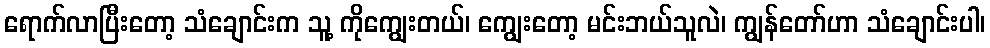
ရောက်လာပြီးတော့ သံချောင်းက သူ့ ကိုကျွေးတယ်၊ ကျွေးတော့ မင်းဘယ်သူလဲ၊ ကျွန်တော်ဟာ သံချောင်းပါ၊